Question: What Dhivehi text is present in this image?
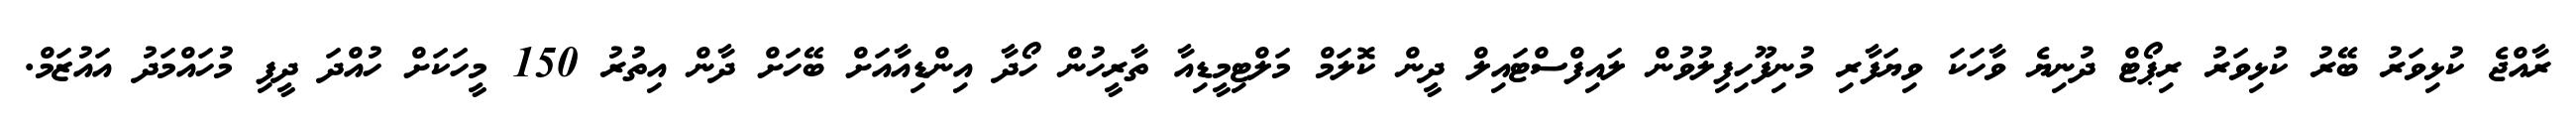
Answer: ރާއްޖެ ކުޅިވަރު ބޭރު ކުޅިވަރު ރިޕޯޓް ދުނިޔެ ވާހަކަ ވިޔަފާރި މުނިފޫހިފިލުވުން ލައިފްސްޓައިލް ދީން ކޮލަމް މަލްޓިމީޑިއާ ތާރީހުން ހޯދާ އިންޑިއާއަށް ބޭހަށް ދާން އިތުރު 150 މީހަކަށް ހުއްދަ ދީފި މުހައްމަދު އައުޒަމް.